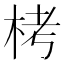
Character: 栲